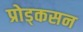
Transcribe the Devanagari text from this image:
प्रोड्कसन